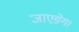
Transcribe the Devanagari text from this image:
जाएङ्गे।